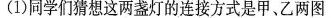
(1)同学们猜想这两盏灯的连接方式是甲、乙两图